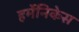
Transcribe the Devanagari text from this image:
हर्मेनिकेस